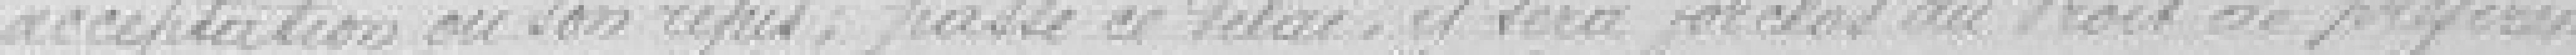
acceptation ou son refus ; passé ce délai, il sera forclos du droit de préférence.